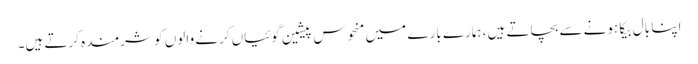
اپنا بال بیکا ہونے سے بچاتے ہیں، ہمارے بارے میں منحوس پیشین گوئیاں کرنے والوں کو شرمندہ کرتے ہیں۔